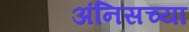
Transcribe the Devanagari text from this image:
अंनिसच्या